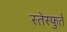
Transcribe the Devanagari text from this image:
स्तेस्फुर्त